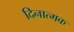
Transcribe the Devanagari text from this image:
दिनात्मक